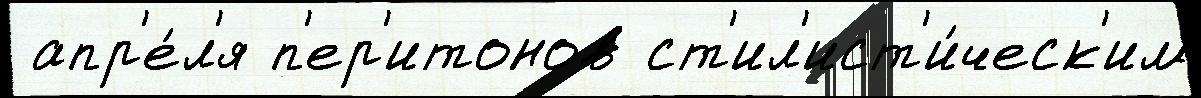
 апр'е́л'я п'ер'итонов ст'ил'ист'и́ческ'им